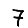
Digit: 7